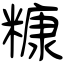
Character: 糠